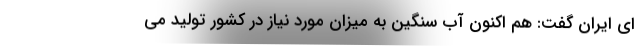
ای ایران گفت: هم اکنون آب سنگین به میزان مورد نیاز در کشور تولید می